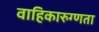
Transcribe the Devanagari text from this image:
वाहिकारुग्णता